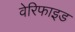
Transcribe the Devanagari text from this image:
वेरिफाइड